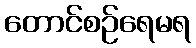
တောင်စဉ်ရေမရ